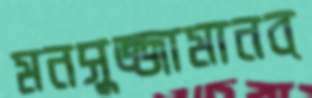
মনসুজ্জামানব্